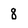
Character: 8